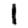
Digit: 1